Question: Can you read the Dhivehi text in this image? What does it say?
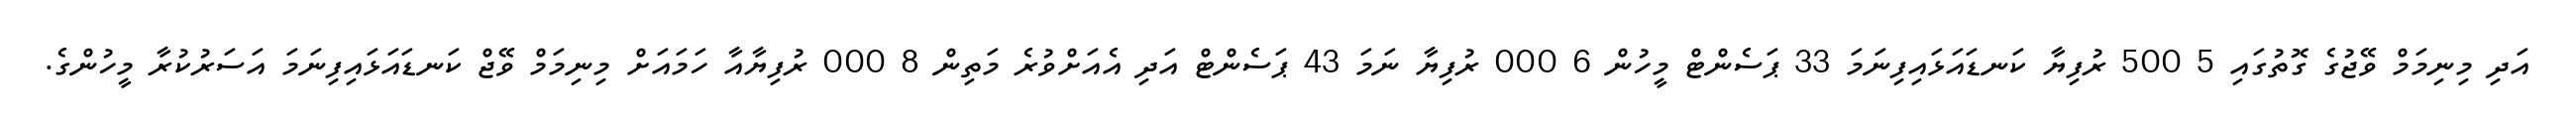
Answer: އަދި މިނިމަމް ވޭޖުގެ ގޮތުގައި 5 500 ރުފިޔާ ކަނޑައަޅައިފިނަމަ 33 ޕަސެންޓް މީހުން 6 000 ރުފިޔާ ނަމަ 43 ޕަސެންޓް އަދި އެއަށްވުރެ މަތިން 8 000 ރުފިޔާއާ ހަމައަށް މިނިމަމް ވޭޖް ކަނޑައަޅައިފިނަމަ އަސަރުކުރާ މީހުންގެ.